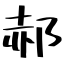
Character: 郝